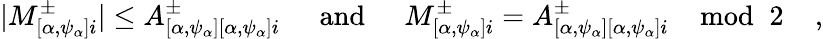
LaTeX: |M_{[\alpha,\psi_{\alpha}]i}^{\pm}|\leq A_{[\alpha,\psi_{\alpha}][\alpha,\psi_{\alpha}]i}^{\pm}\; \; \; \; \; \mathrm{and}\; \; \; \; \; M_{[\alpha,\psi_{\alpha}]i}^{\pm}=A_{[\alpha,\psi_{\alpha}][\alpha,\psi_{\alpha}]i}^{\pm}\; \; \; \; \mathrm{mod}\; \; 2\; \; \; \; ,